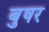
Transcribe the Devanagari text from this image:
बुषर